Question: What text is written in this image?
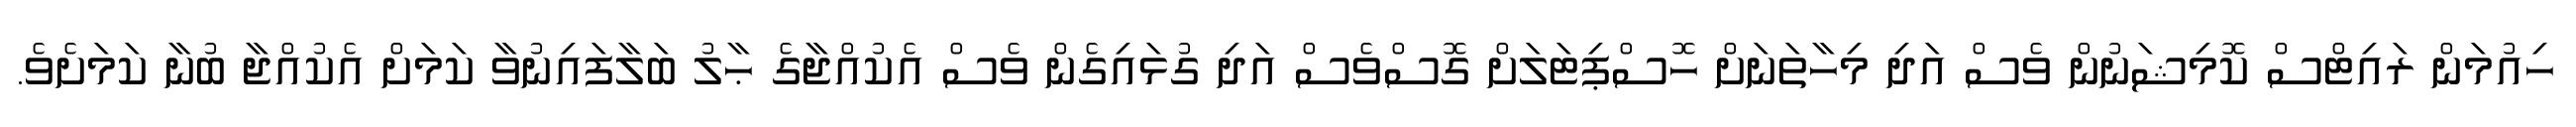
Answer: ހިއުމަން ރައިޓްސް ކޮމިޝަނުން ވެސް އަދި މިހާތަނަށް ހޮސްޕިޓަލަށް ގޮސްވެސް އަދި ގުޅައިގެން ވެސް އެކުއްޖާގެ ޙާލު ބަލާފައިނުވާ ކަމަށް އެކުއްޖާ ބުނާ ކަމަށެވެ.